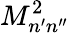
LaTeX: M_{n^{\prime}n^{\prime\prime}}^{2}